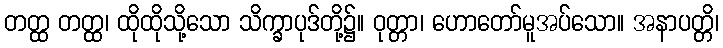
တတ္ထ တတ္ထ၊ ထိုထိုသို့သော သိက္ခာပုဒ်တို့၌။ ဝုတ္တာ၊ ဟောတော်မူအပ်သော။ အနာပတ္တိ၊